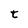
Character: t